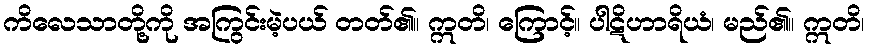
ကိလေသာတို့ကို အကြွင်းမဲ့ပယ် တတ်၏။ ဣတိ၊ ကြောင့်။ ပါဋိဟာရိယံ၊ မည်၏။ ဣတိ၊